Insane asylums in Bengal annual reports 1867-1875 - 1867-1875
Year: 1867
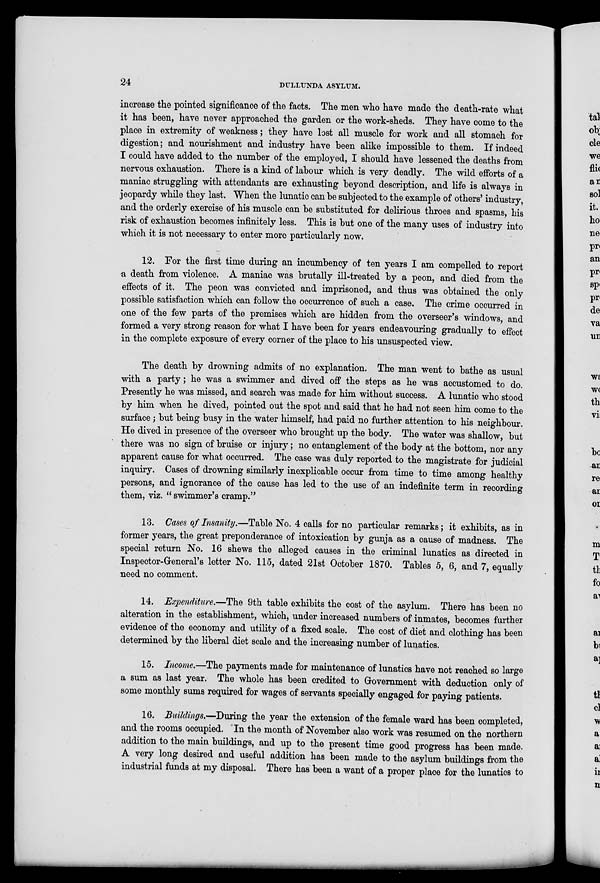
24
DULLUNDA ASYLUM.
increase the pointed significance of the facts. The men who have made the death-rate what
it has been, have never approached the garden or the work-sheds. They have come to the
place in extremity of weakness; they have lost all muscle for work and all stomach for
digestion; and nourishment and industry have been alike impossible to them. If indeed
I could have added to the number of the employed, I should have lessened the deaths from
nervous exhaustion. There is a kind of labour which is very deadly. The wild efforts of a
maniac struggling with attendants are exhausting beyond description, and life is always in
jeopardy while they last. When the lunatic can be subjected to the example of others' industry,
and the orderly exercise of his muscle can be substituted for delirious throes and spasms, his
risk of exhaustion becomes infinitely less. This is but one of the many uses of industry into
which it is not necessary to enter more particularly now.
12. For the first time during an incumbency of ten years I am compelled to report
a death from violence. A maniac was brutally ill-treated by a peon, and died from the
effects of it. The peon was convicted and imprisoned, and thus was obtained the only
possible satisfaction which can follow the occurrence of such a case. The crime occurred in
one of the few parts of the premises which are hidden from the overseer's windows, and
formed a very strong reason for what I have been for years endeavouring gradually to effect
in the complete exposure of every corner of the place to his unsuspected view.
The death by drowning admits of no explanation. The man went to bathe as usual
with a party; he was a swimmer and dived off the steps as he was accustomed to do.
Presently he was missed, and search was made for him without success. A lunatic who stood
by him when he dived, pointed out the spot and said that he had not seen him come to the
surface; but being busy in the water himself, had paid no further attention to his neighbour.
He dived in presence of the overseer who brought up the body. The water was shallow, but
there was no sign of bruise or injury; no entanglement of the body at the bottom, nor any
apparent cause for what occurred. The case was duly reported to the magistrate for judicial
inquiry. Cases of drowning similarly inexplicable occur from time to time among healthy
persons, and ignorance of the cause has led to the use of an indefinite term in recording
them, viz. " swimmer's cramp."
13. Cases of Insanity.—Table No. 4 calls for no particular remarks; it exhibits, as in
former years, the great preponderance of intoxication by gunja as a cause of madness. The
special return No. 16 shews the alleged causes in the criminal lunatics as directed in
Inspector-General's letter No. 115, dated 21st October 1870. Tables 5, 6, and 7, equally
need no comment.
14. Expenditure.—The 9th table exhibits the cost of the asylum. There has been no
alteration in the establishment, which, under increased numbers of inmates, becomes further
evidence of the economy and utility of a fixed scale. The cost of diet and clothing has been
determined by the liberal diet scale and the increasing number of lunatics.
15. Income.—The payments made for maintenance of lunatics have not reached so large
a sum as last year. The whole has been credited to Government with deduction only of
some monthly sums required for wages of servants specially engaged for paying patients.
16. Buildings.—During the year the extension of the female ward has been completed,
and the rooms occupied. In the month of November also work was resumed on the northern
addition to the main buildings, and up to the present time good progress has been made.
A very long desired and useful addition has been made to the asylum buildings from the
industrial funds at my disposal. There has been a want of a proper place for the lunatics to